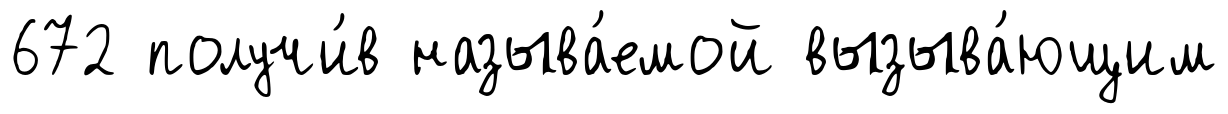
672 получи́в называ́емой вызыва́ющим